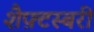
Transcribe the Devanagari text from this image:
शैफ़्टस्बरी